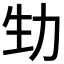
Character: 𠡏